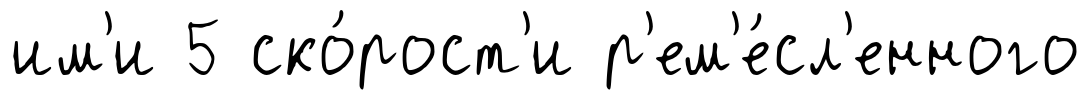
им'и 5 ско́рост'и р'ем'е́сл'енного